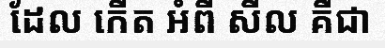
ដែល កើត អំពី សីល គឺជា